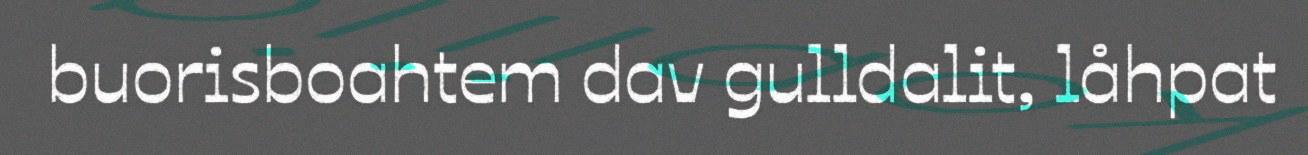
buorisboahtem dav gulldalit, låhpat